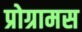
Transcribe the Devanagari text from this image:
प्रोग्रामस